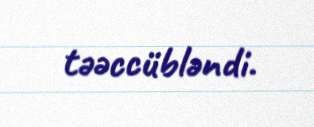
təəccübləndi.